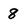
Character: 8